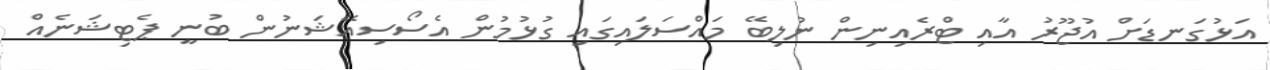
އަޅުގަނޑަށް އުޖޫރު އާއި ޓްރެއިނިން ނުލިބޭ މައްސަލައިގައި ގުޅުމުން އެސޯސިއޭޝަނުން ބުނީ ޕެޓިޝަނެއް